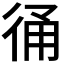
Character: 𢓶